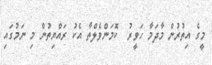
މީގެ އިތުރުން މާދަމާ ހަވީރު  ކޮމަންވެލްތާ އެކު ރައްޔިތުން މި ނަމުގައި